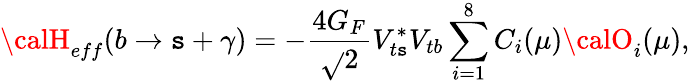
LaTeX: {\calH}_{eff}(b\to\mathtt{s}+\gamma)=-\frac{{4G_{F}}}{{\sqrt{}{{2}}}}V_{t\mathtt{s}}^{*}V_{tb}\sum_{i=1}^{8}C_{i}(\mu){\calO}_{i}(\mu),